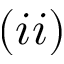
( i i )